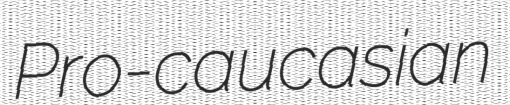
Pro-caucasian